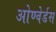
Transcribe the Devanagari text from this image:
ओण्वेर्डस